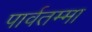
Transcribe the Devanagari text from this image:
पार्वतम्मा